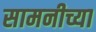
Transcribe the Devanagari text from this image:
सामनीच्या